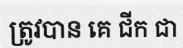
ត្រូវបាន គេ ជីក ជា